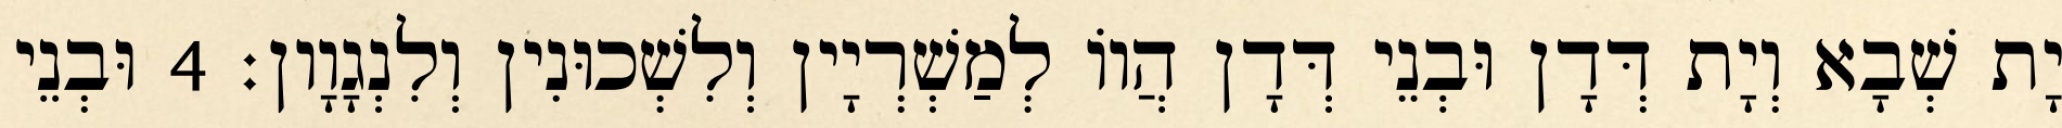
יָת שְׁבָא וְיָת דְּדָן וּבְנֵי דְּדָן הֲווֹ לְמַשְׁרְיָין וְלִשְׁכוּנִין וְלִנְגָוָון׃ 4 וּבְנֵי